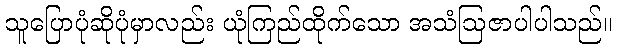
သူပြောပုံဆိုပုံမှာလည်း ယုံကြည်ထိုက်သော အသံဩဇာပါပါသည်။